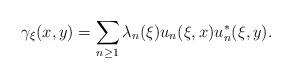
LaTeX: \begin{align*}\gamma_{\xi}(x,y)=\sum_{n\geq1}\lambda_n(\xi)u_n(\xi,x)u_n^*(\xi,y).\end{align*}